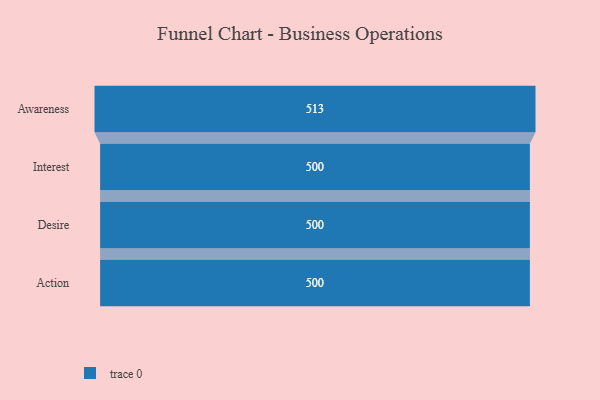
{"axis": {"x": "Stage", "y": "Value"}, "legend": [""], "data": [{"x": "Awareness", "y": 513.0, "type": ""}, {"x": "Interest", "y": 500, "type": ""}, {"x": "Desire", "y": 500, "type": ""}, {"x": "Action", "y": 500, "type": ""}]}